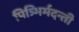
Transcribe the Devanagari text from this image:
पित्र्भिर्मदन्ती